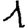
Digit: 1